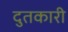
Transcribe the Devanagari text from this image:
दुतकारी